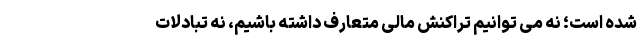
شده است؛ نه می توانیم تراکنش مالی متعارف داشته باشیم، نه تبادلات